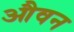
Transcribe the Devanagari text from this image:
औवन